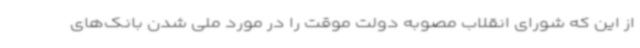
از این که شورای انقلاب مصوبه دولت موقت را در مورد ملی شدن بانک‌های